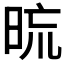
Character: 𣆖